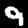
Label: 9